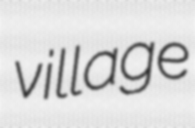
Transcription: village